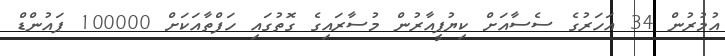
އުމުރުން 34 އަހަރުގެ ސެސާއަށް ކިޔުޕީއާރުން މުސާރައިގެ ގޮތުގައި ހަފްތާއަކަށް 100000 ޕައުންޑް